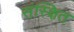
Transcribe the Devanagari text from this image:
संस्क्षित